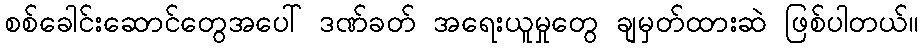
စစ်ခေါင်းဆောင်တွေအပေါ် ဒဏ်ခတ် အရေးယူမှုတွေ ချမှတ်ထားဆဲ ဖြစ်ပါတယ်။